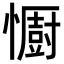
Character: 𢣵